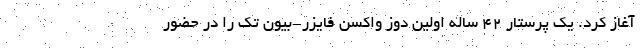
آغاز کرد. یک پرستار ۴۲ ساله اولین دوز واکسن فایزر-بیون تک را در حضور